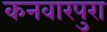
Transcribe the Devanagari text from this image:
कनवारपुरा